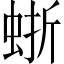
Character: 𧋍